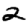
Digit: 2